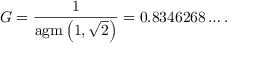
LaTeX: G = { \frac { 1 } { \operatorname { a g m } \left( 1 , { \sqrt { 2 } } \right) } } = 0 . 8 3 4 6 2 6 8 \dots .